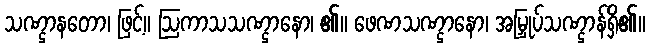
သဏ္ဌာနတော၊ ဖြင့်။ ဩကာသသဏ္ဌာနော၊ ၏။ ဖေဏသဏ္ဌာနော၊ အမြှုပ်သဏ္ဌာန်ရှိ၏။